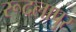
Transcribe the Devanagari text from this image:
रूदलापुर